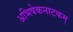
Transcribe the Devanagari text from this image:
अभिषेकनाटकम्